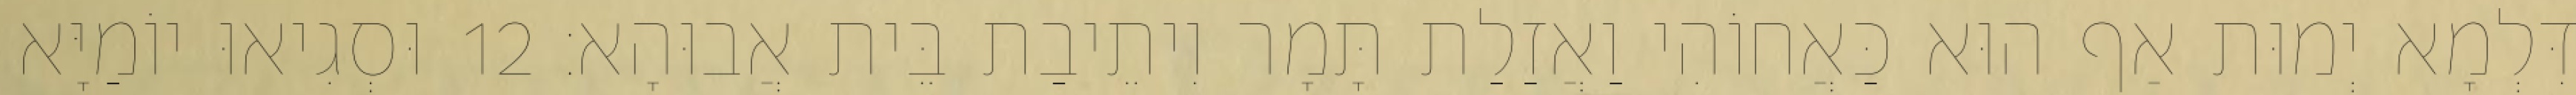
דִּלְמָא יְמוּת אַף הוּא כַּאֲחוֹהִי וַאֲזַלַת תָּמָר וִיתֵיבַת בֵּית אֲבוּהָא׃ 12 וּסְגִיאוּ יוֹמַיָּא